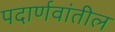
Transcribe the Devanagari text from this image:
पदार्णवांतील